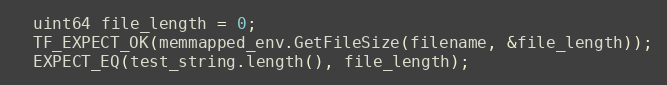
Language: C++
  uint64 file_length = 0;
  TF_EXPECT_OK(memmapped_env.GetFileSize(filename, &file_length));
  EXPECT_EQ(test_string.length(), file_length);